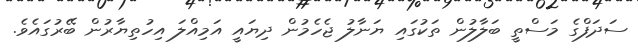
ސަދަފްގެ މަސްތީ ބަލާލުން ތަކުގައި ޔަނާލު ޖެހެމުން ދިޔައީ އަމިއްލަ އިހުތިޔާރުން ބޭރުގައެވެ.